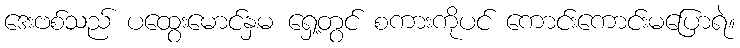
ဒေးဗစ်သည် ပထွေးမောင်နှမ ရှေ့တွင် စကားကိုပင် ကောင်းကောင်းမပြောရဲ။